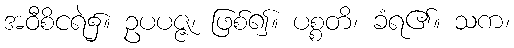
အဝီစိငရဲ၌။ ဥပပဇ္ဇ၊ ဖြစ်၍။ ပစ္စတိ၊ ခံရ၏။ သက၊